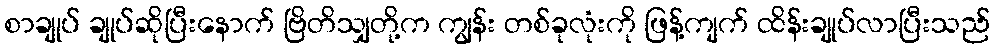
စာချုပ် ချုပ်ဆိုပြီးနောက် ဗြိတိသျှတို့က ကျွန်း တစ်ခုလုံးကို ဖြန့်ကျက် ထိန်းချုပ်လာပြီးသည်